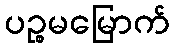
ပဉ္စမမြောက်